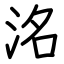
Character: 洺